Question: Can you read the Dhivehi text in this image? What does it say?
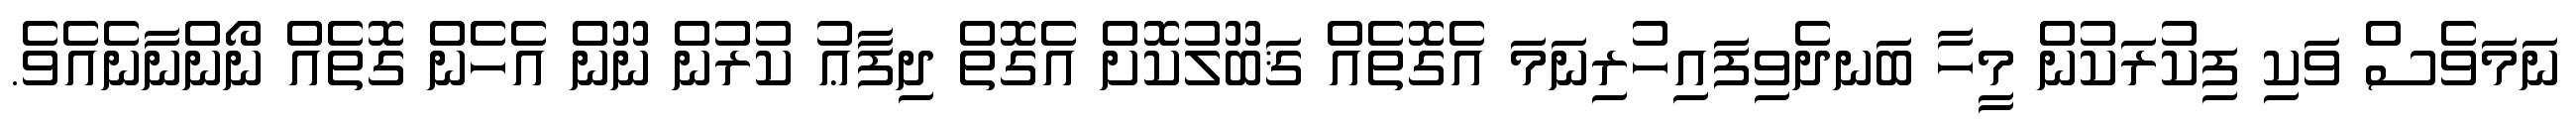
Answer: ނަމަވެސް ވަކި ފިކުރަކުން މީހާ ބަނދެވިފައިހުރިނަމަ އެގޮތެއް ޤަބޫލުކޮށް އެގޮތް ދިފާޢު ކުރުން ނޫން އެހެން ގޮތެއް ނޯންނާނެއެވެ.